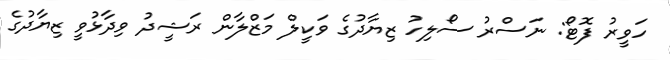
ހަވީރު ފޮޓޯ: ނަސްރު ސޯލިހު ޒިޔާދުގެ ވަކީލް މަޒްލާން ރަޝީދު ވިދާޅުވީ ޒިޔާދުގެ